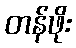
တန်ဖိုး